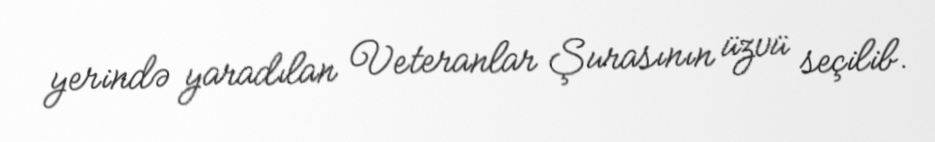
yerində yaradılan Veteranlar Şurasının üzvü seçilib.